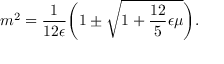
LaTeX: m ^ { 2 } = \frac { 1 } { 1 2 \epsilon } \biggl ( 1 \pm \sqrt { 1 + \frac { 1 2 } { 5 } \epsilon \mu } \biggr ) .